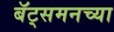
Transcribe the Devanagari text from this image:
बॅट्समनच्या